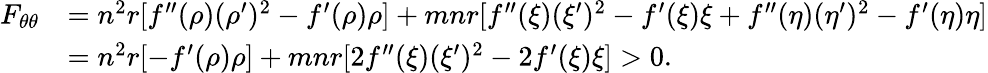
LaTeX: \begin{array}{rl}{F_{\theta\theta}}&{=n^{2}r[f^{\prime\prime}(\rho)(\rho^{\prime})^{2}-f^{\prime}(\rho)\rho]+mnr[f^{\prime\prime}(\xi)(\xi^{\prime})^{2}-f^{\prime}(\xi)\xi+f^{\prime\prime}(\eta)(\eta^{\prime})^{2}-f^{\prime}(\eta)\eta]}\\ &{=n^{2}r[-f^{\prime}(\rho)\rho]+mnr[2f^{\prime\prime}(\xi)(\xi^{\prime})^{2}-2f^{\prime}(\xi)\xi]>0.}\end{array}